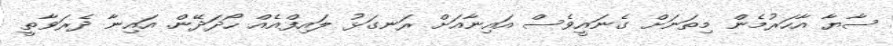
ސާޔާ އާހަރުމެން މިތަނަށް ގެނައީވެސް އައިނާއަށް ރަނގަޅު ލައިފްއެއް ހޯދަދޭން. އައިނާ ދެރަވާތީ